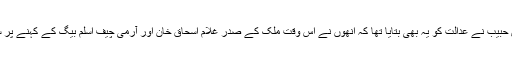
اسد درانی اور مہران بینک کے سابق سربراہ یونس حبیب نے عدالت کو یہ بھی بتایا تھا کہ انھوں نے اس وقت ملک کے صدر غلام اسحاق خان اور آرمی چیف اسلم بیگ کے کہنے پر سیاستدانوں میں تقریباً 35 کروڑ روپے تقسیم کیے۔